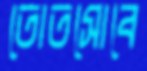
তোতসোবে